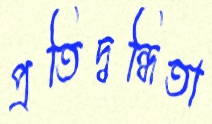
প্রতিদ্বন্ধিতা